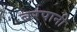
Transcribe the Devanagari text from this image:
बरपानी